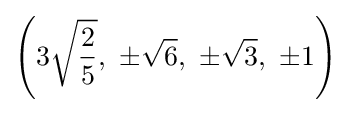
\left(3{\sqrt {\frac {2}{5}}},\ \pm {\sqrt {6}},\ \pm {\sqrt {3}},\ \pm 1\right)